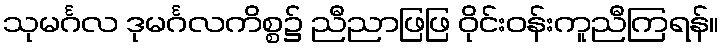
သုမင်္ဂလ ဒုမင်္ဂလကိစ္စ၌ ညီညာဖြဖြ ဝိုင်းဝန်းကူညီကြရန်။